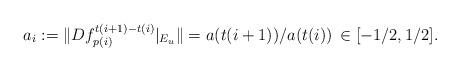
LaTeX: \begin{align*}a_i:= \|Df^{t(i+1)-t(i)}_{p(i)}|_{E_u}\|=a(t(i+1))/a(t(i))\, \in [-1/2,1/2].\end{align*}